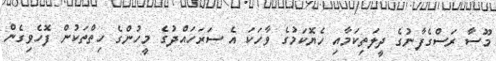
މޫސާ ރަސްގެފާނުގެ ދީލަތިކަމާއި ހެޔޮކަމުގެ ވާހަކަ އެ ސަރަހައްދުގެ މީހުންގެ ހިތްތަކުން ފޮހެވިގެން